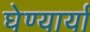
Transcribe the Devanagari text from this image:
घेण्यार्या